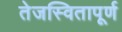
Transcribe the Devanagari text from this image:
तेजस्वितापूर्ण